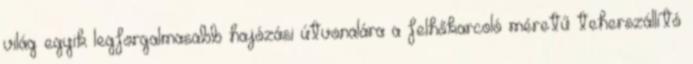
világ egyik legforgalmasabb hajózási útvonalára a felhőkarcoló méretű teherszállító